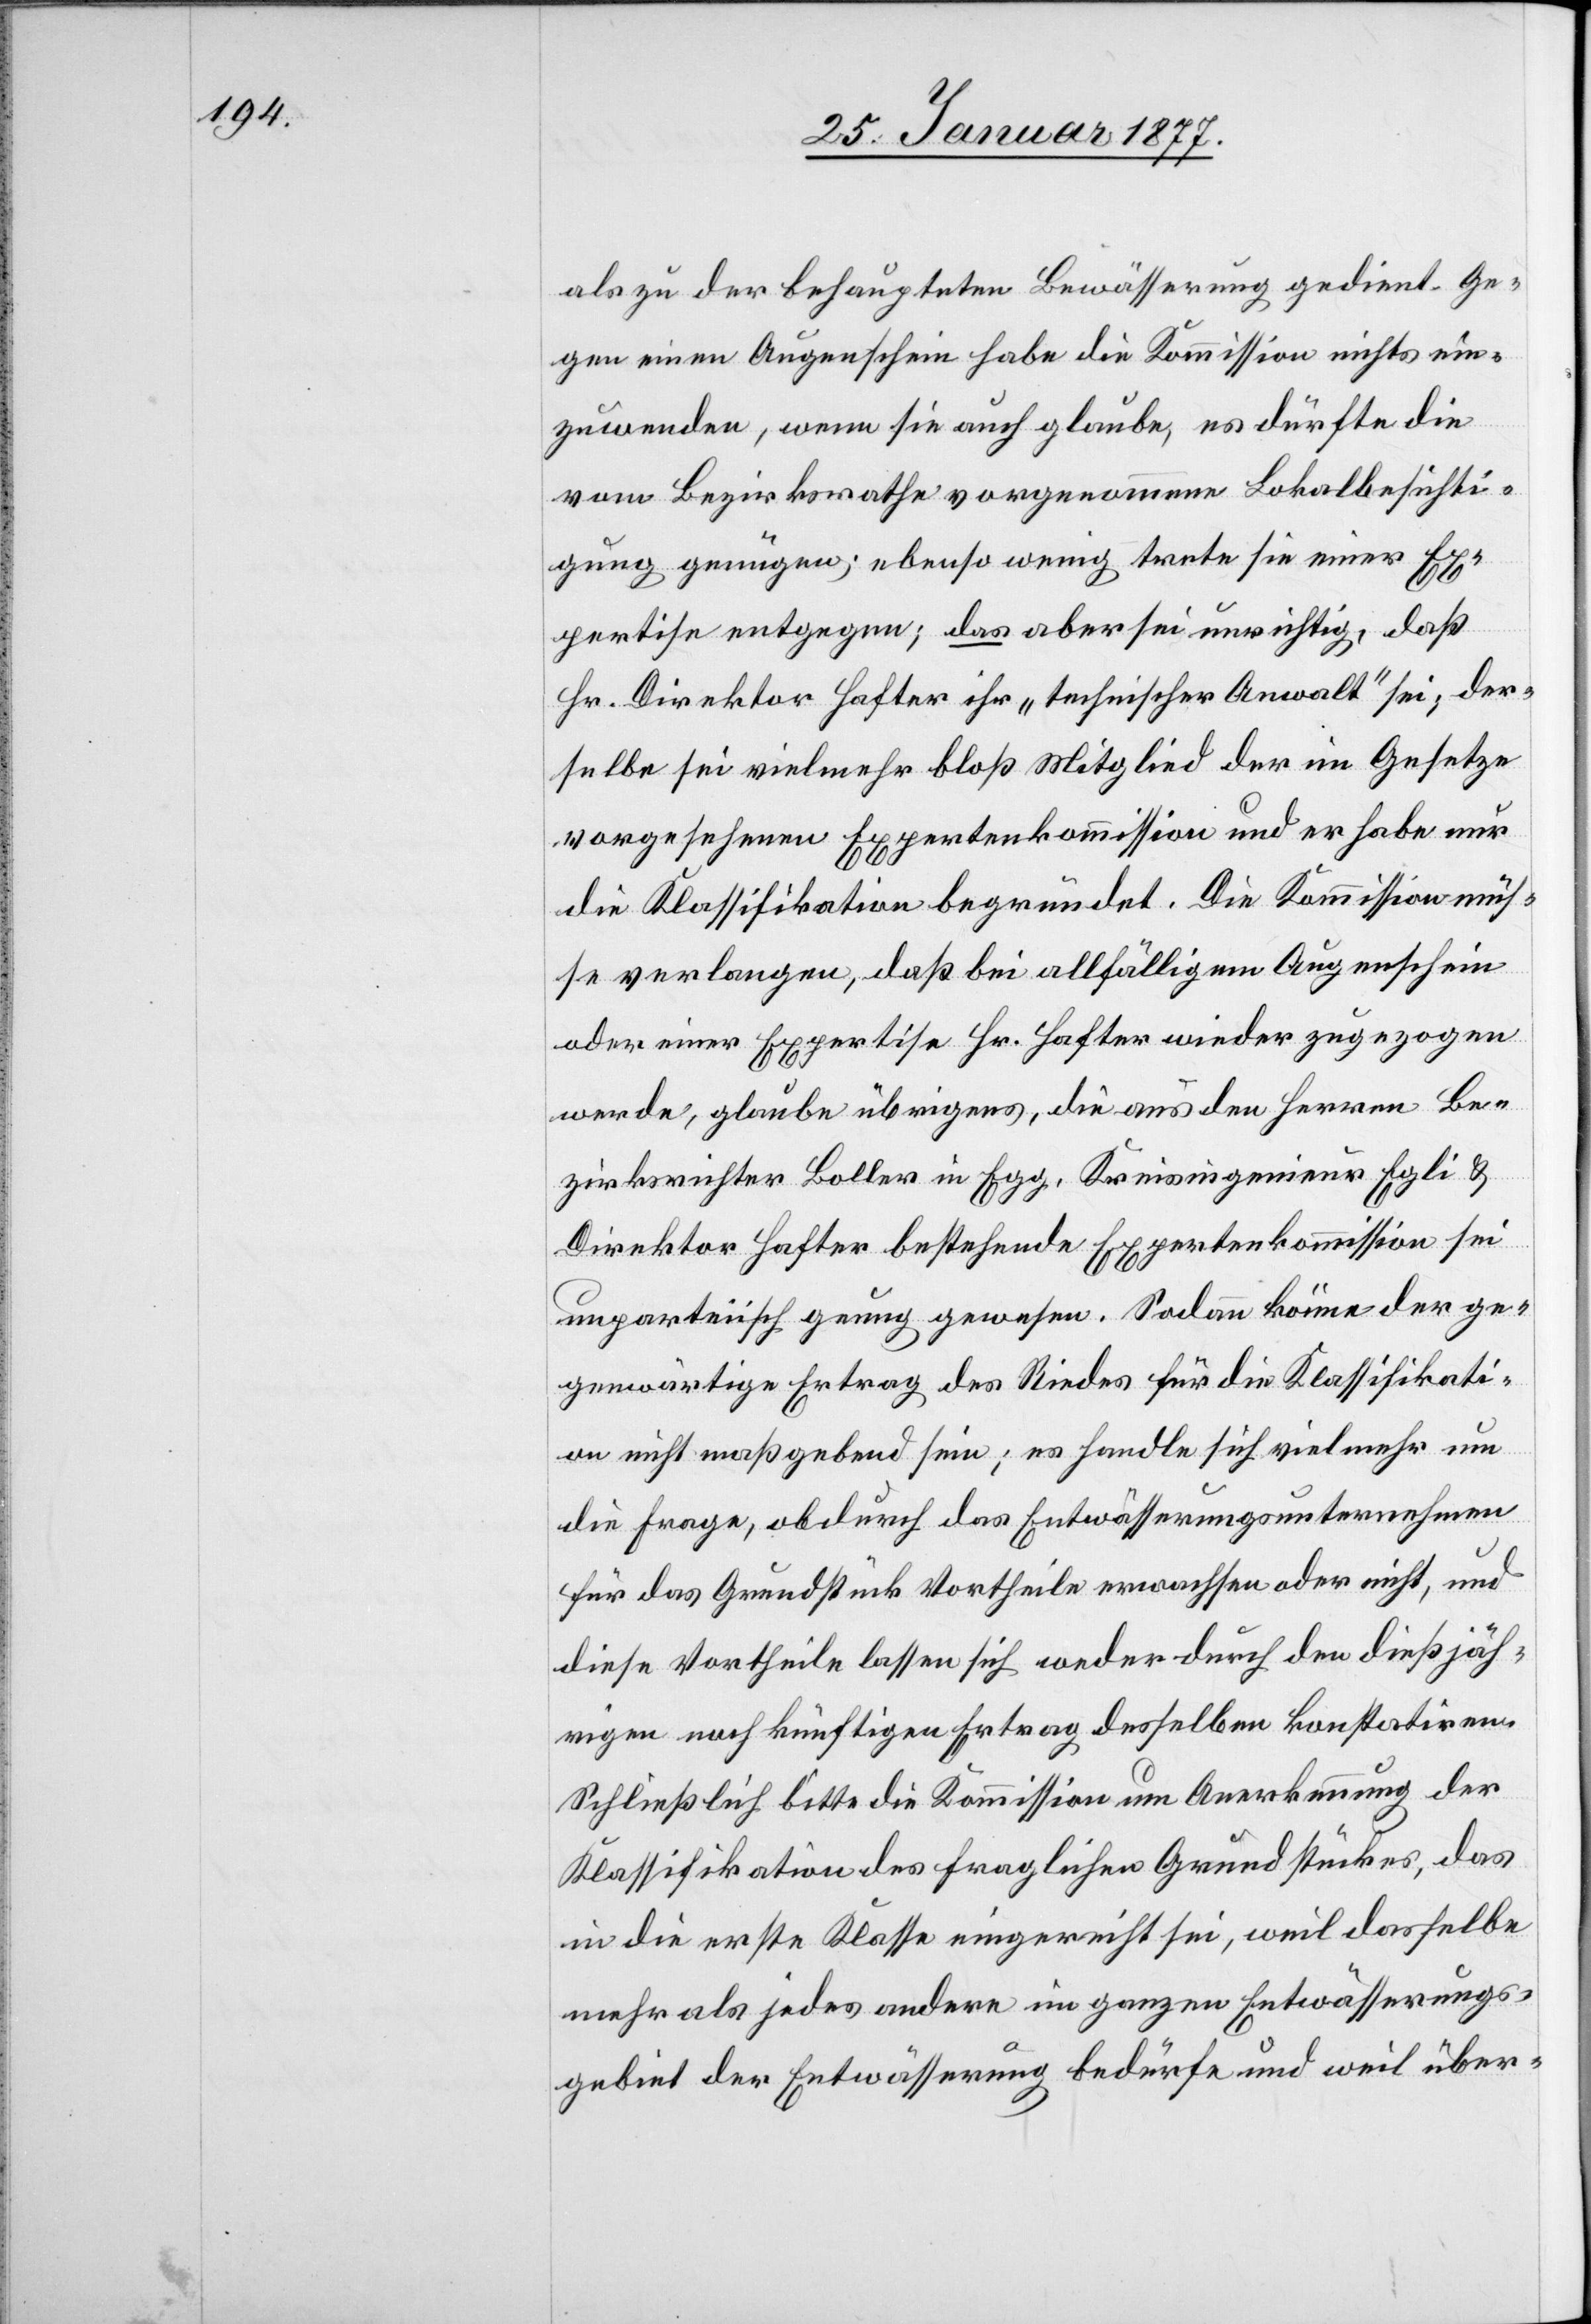
als zu der behaupteten Bewässerung gedient. Ge¬
gen einen Augenschein habe die Kommission nichts ein¬
zuwenden, wenn sie auch glaube, es dürfte die
vom Bezirksrath vorgenommene Lokalbesichti¬
gung genügen; ebenso wenig trete sie einer Ex¬
pertise entgegen; das aber sei unrichtig, daß
Hr. Direktor Hafter ihr „technischer Anwalt“ sei; der¬
selbe sei vielmehr bloß Mitglied der im Gesetze
vorgesehenen Expertenkommission und er habe nur
die Klassifikation begründet. Die Kommission müs¬
se verlangen, daß bei allfälligem Augenschein
oder einer Expertise Hr. Hafter wieder zugezogen
werde, glaube übrigens, die aus den Herren Be¬
zirksrichter Boller in Egg, Kreisingenieur Egli &
Direktor Hafter bestehende Expertenkommission sei
unparteiisch genug gewesen. Sodann könne der ge¬
genwärtige Ertrag des Riedes für die Klassifikati¬
on nicht maßgebend sein; es handle sich vielmehr um
die Frage, ob durch das Entwässerungsunternehmen
für das Grundstück Vortheile erwachsen oder nicht, und
diese Vortheile lassen sich weder durch den dießjäh¬
rigen noch künftigen Ertrag desselben konstatiren.
Schließlich bitte die Kommission um Anerkennung der
Klassifikation des fraglichen Grundstückes, das
in die erste Klasse eingereiht sei, weil dasselbe
mehr als jedes andere im ganzen Entwässerungs¬
gebiet der Entwässerung bedürfe und weil über-